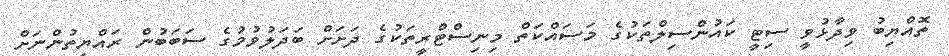
ތޮއްޔިބު ވިދާޅުވީ ސިޓީ ކައުންސިލްތަކުގެ މަސައްކަތް މިނިސްޓްރީތަކުގެ ދަށަށް ބަދަލުވުމުގެ ސަބަބުން ރައްޔިތުންނަށް